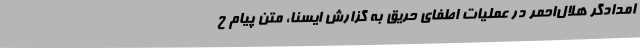
امدادگر هلال‌احمر در عملیات اطفای حریق به گزارش ایسنا، متن پیام ح